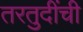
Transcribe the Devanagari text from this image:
तरतुदींची